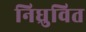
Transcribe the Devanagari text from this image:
निध्रुवित